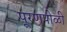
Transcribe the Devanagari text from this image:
पूरणपोळी